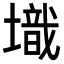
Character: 𡑌